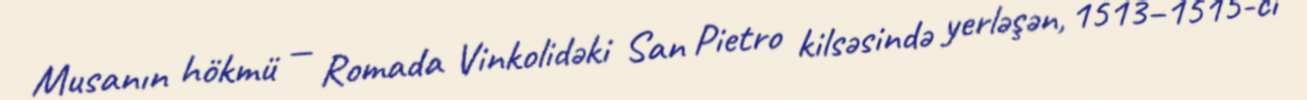
Musanın hökmü — Romada Vinkolidəki San Pietro kilsəsində yerləşən, 1513–1515-ci